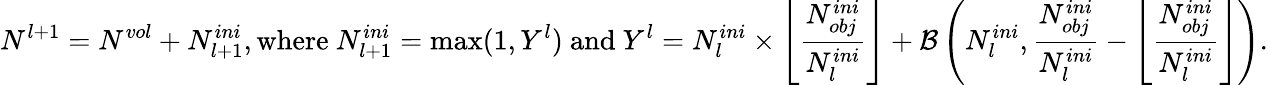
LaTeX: N^{l+1}=N^{vol}+N_{l+1}^{ini},\mathrm{where~}N_{l+1}^{ini}=\operatorname*{max}(1,Y^{l})\mathrm{~and~}Y^{l}=N_{l}^{ini}\times\left\lfloor\frac{N_{obj}^{ini}}{N_{l}^{ini}}\right\rfloor+\mathcal{B}\left(N_{l}^{ini},\frac{N_{obj}^{ini}}{N_{l}^{ini}}-\left\lfloor\frac{N_{obj}^{ini}}{N_{l}^{ini}}\right\rfloor\right).